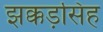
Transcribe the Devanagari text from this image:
झक्कड़सिंह